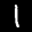
Label: 1